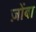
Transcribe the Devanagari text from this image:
ज़ोंबा